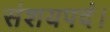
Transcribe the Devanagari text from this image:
संशयपदं।